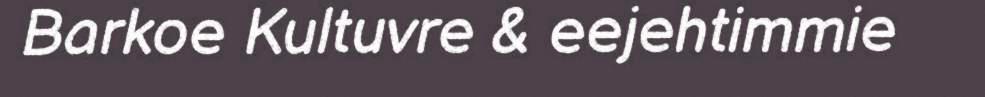
Barkoe Kultuvre & eejehtimmie